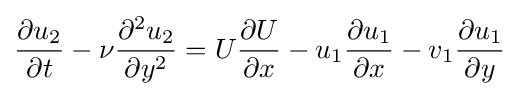
{\frac {\partial u_{2}}{\partial t}}-\nu {\frac {\partial ^{2}u_{2}}{\partial y^{2}}}=U{\frac {\partial U}{\partial x}}-u_{1}{\frac {\partial u_{1}}{\partial x}}-v_{1}{\frac {\partial u_{1}}{\partial y}}